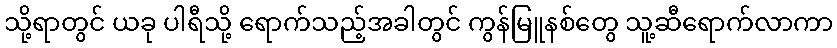
သို့ရာတွင် ယခု ပါရီသို့ ရောက်သည့်အခါတွင် ကွန်မြူနစ်တွေ သူ့ဆီရောက်လာကာ